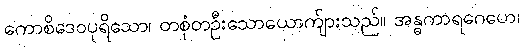
ကောစိဒေဝပုရိသော၊ တစုံတဦးသောယောက်ျားသည်။ အန္ဓကာရဂေဟေ၊